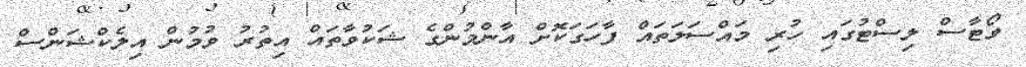
ވޯޓާސް ލިސްޓުގައި ހުރި މައްސަލަތައް ފާހަގަކޮށް އާންމުންގެ ޝަކުވާތައް އިތުރު ވުމުން އިލެކްޝަންސް